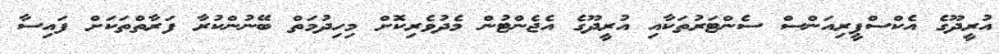
އުރީދޫގެ އެކްސްޕީރިއަންސް ސެންޓަރުތަކާއި އުރީދޫގެ އެޖެންޓުން މެދުވެރިކޮށް މިހިދުމަތް ބޭނުންކުރާ ފަރާތްތަކަށް ފައިސާ